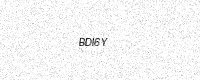
Text: BDI6Y